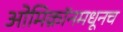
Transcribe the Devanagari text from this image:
ओमिक्रॉनमधूनच